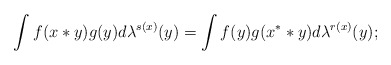
\begin{gather*}\int f(x*y)g(y)d\lambda^{s(x)}(y)=\int f(y)g(x^**y)d\lambda^{r(x)}(y);\end{gather*}